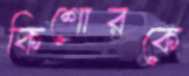
কিশোরকে